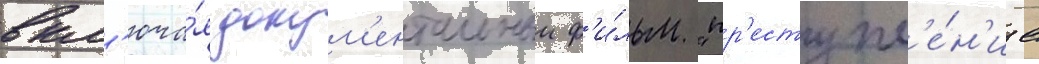
вкл'юча́я докум'ентальныи ф'и́льм "пр'еступл'е́н'ие